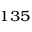
{ } ^ { 1 3 5 }